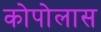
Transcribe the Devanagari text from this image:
कोपोलास